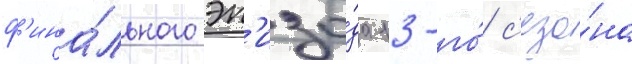
ф'ина́льного эп'изо́да 13-го́ с'езо́на